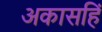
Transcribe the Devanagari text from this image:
अकासहिं